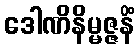
ဒေါဏိနိမ္မဇ္ဇနိံ